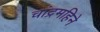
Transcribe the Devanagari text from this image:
चांद्रमहिने